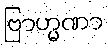
ဗြာဟ္မဏာ